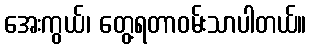
အေးကွယ်၊ တွေ့ရတာဝမ်းသာပါတယ်။